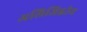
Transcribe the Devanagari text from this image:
अलिजिह्वीय